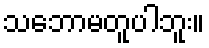
သဘောမတူပါဘူး။